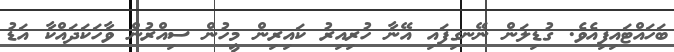
ބަހައްޓައިފިއެވެ. ގުޑިލަން ނޭނގިފައި އޭނާ ހުރިއިރު ކައިރިން މީހުން ސިއްރުން ވާހަކަދައްކާ އަޑު